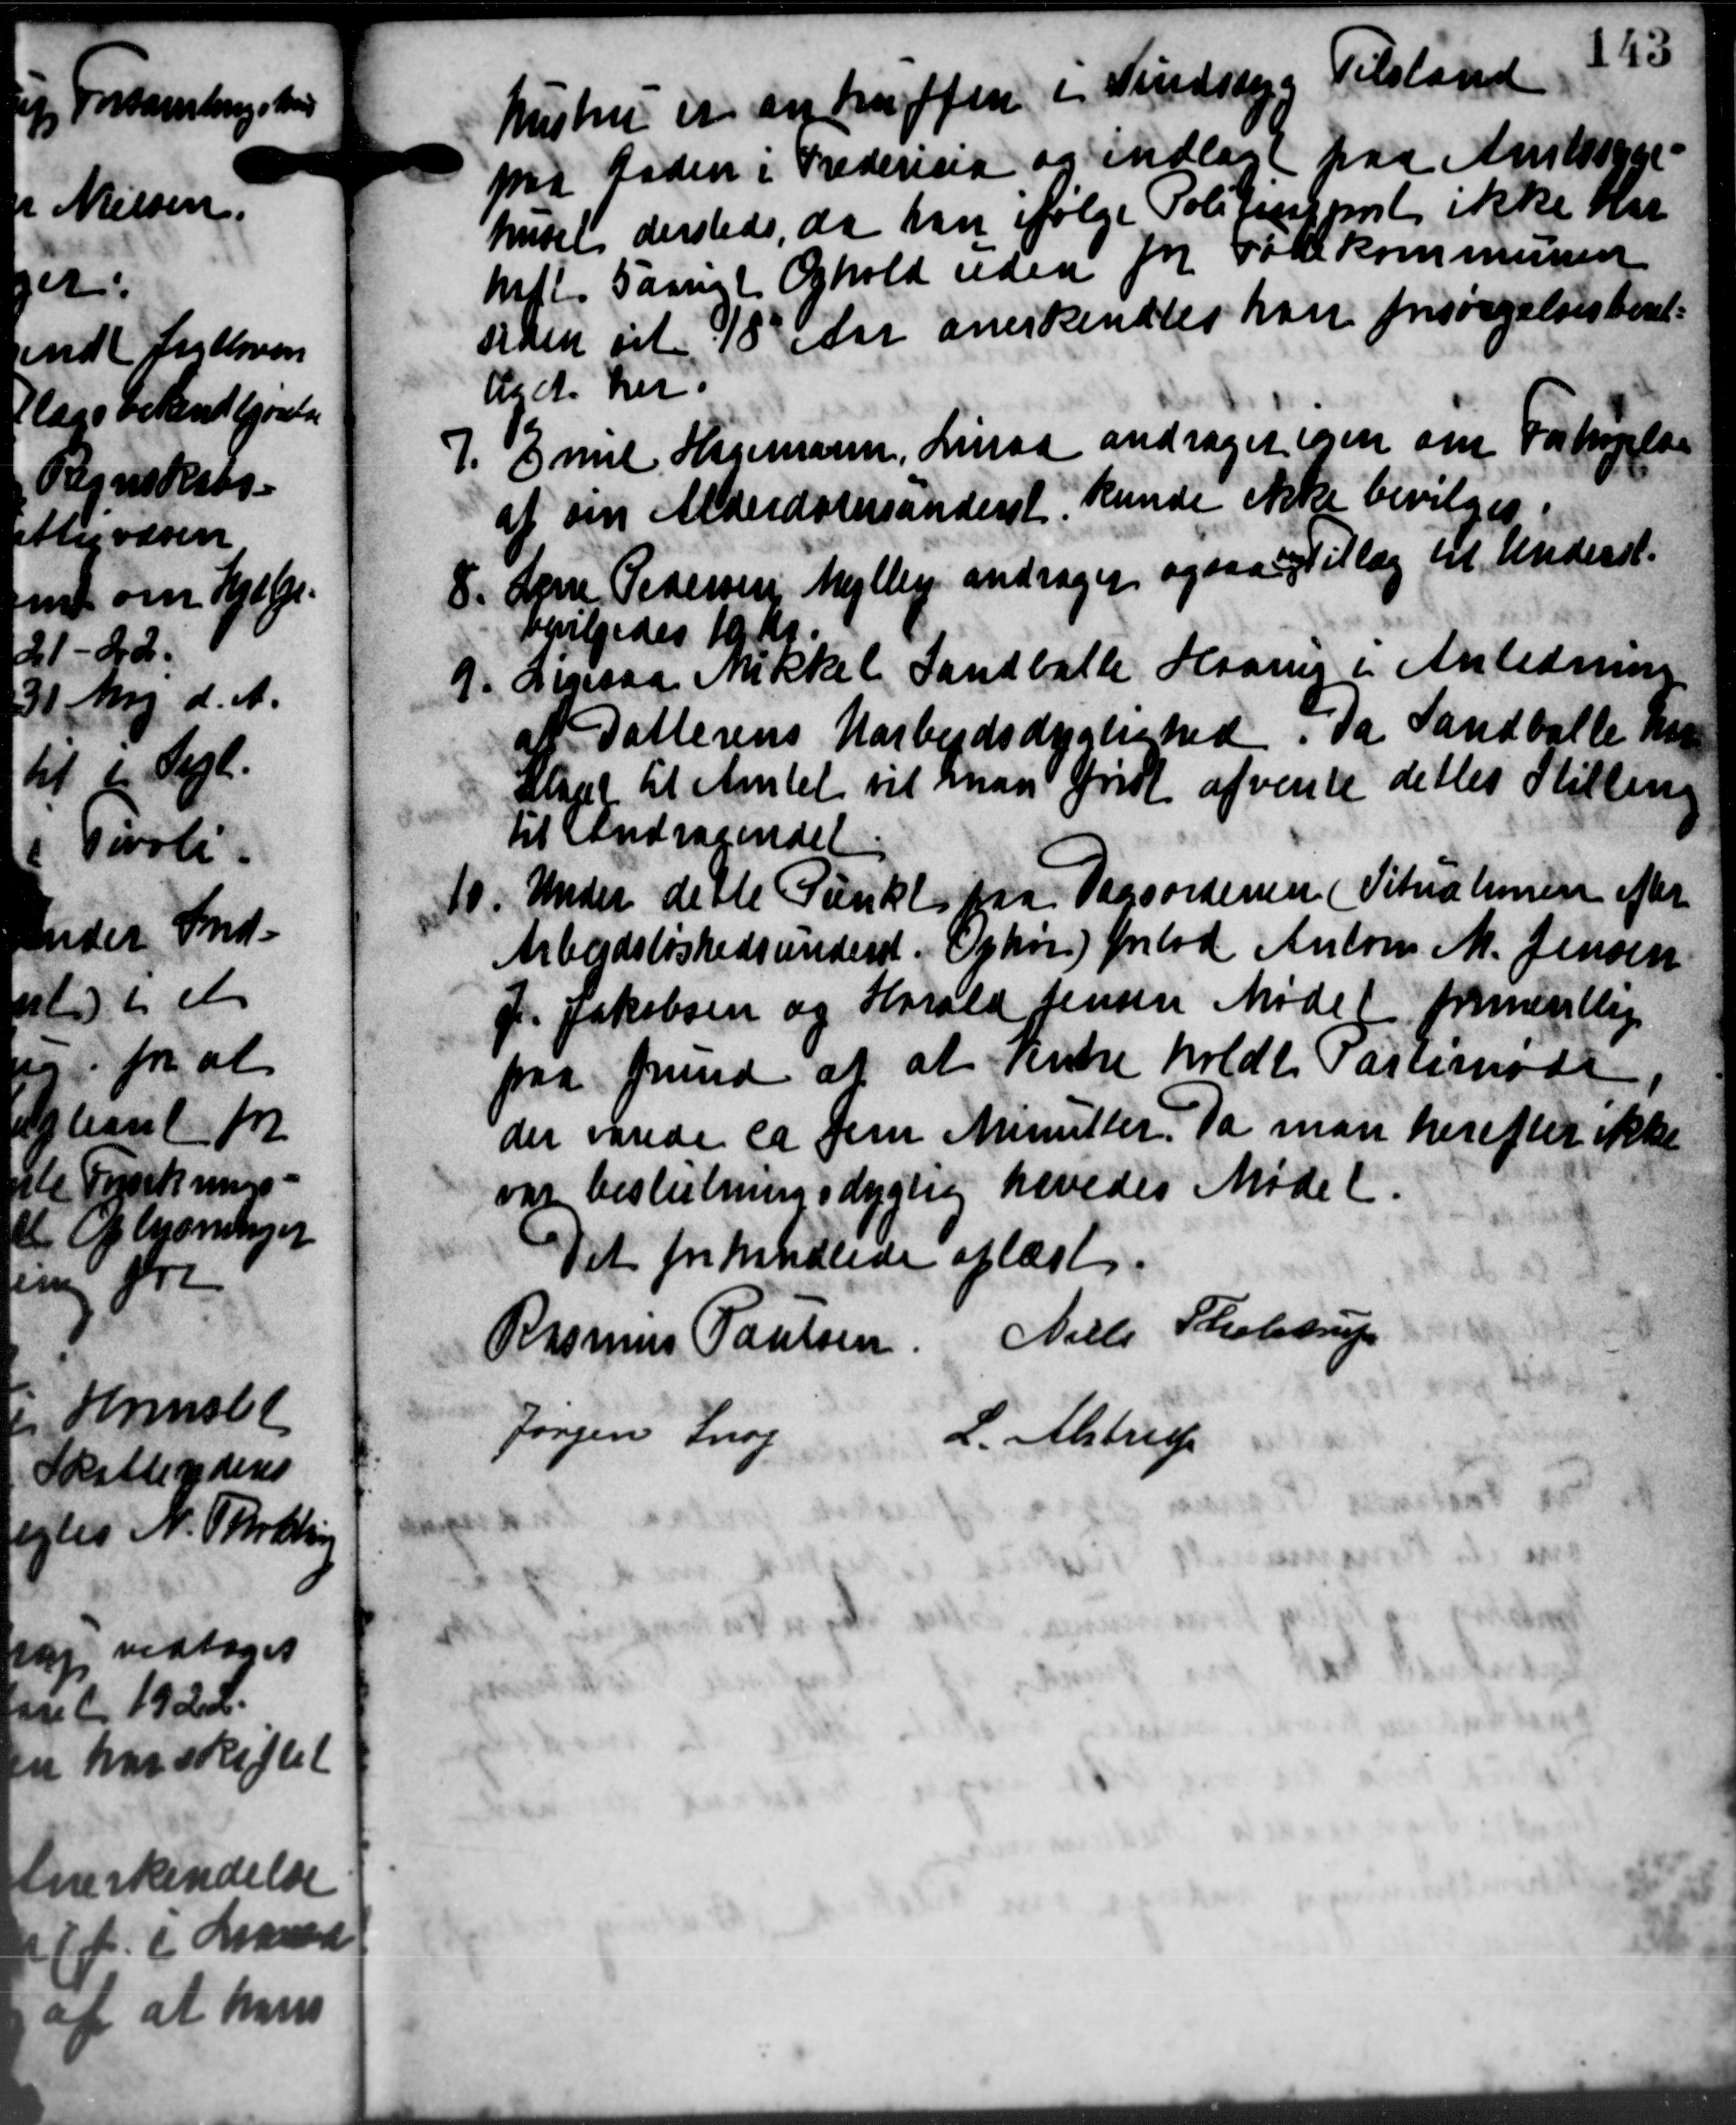
Transskription:
hustru er antruffen i Vindssyg Tilstand
pa taden i Fredericia og indlagt paa Amtssyge-
huset derstede, da han ifølge Politistort ikke har
Mdl. saamt Ophold uden for Fødekommunen
siden til 18 Aar anerkendtes han forsørgelsesberet-
A.A. her.
7. Emil Hagemann, Linaa andrager egen om Forhøjelse
7. Emil Hagemann, Linaa andrager egen om Forhøjelse
af sin Alderdomsunderst kunde ikke bevilges.
8. Lønne Pedersen Mejlby andrager ogsaa Tillæg til Underst.
8. Lønne Pedersen Mejlby andrager ogsaa Tillæg til Underst.
bevilgedes 10 Kr.
9. Ligesaa Mikkel Landballe Haarup i Anledning
9. Ligesaa Mikkel Landballe Haarup i Anledning
Datterens Uarbejdsdygtighed, da Sandballe har
Slagt til Amtet vil man Fridt afvente dettes Stilling
til Andragendet:
10. Under dette Punkt paa Dagsordenen (Situationen efter
10. Under dette Punkt paa Dagsordenen (Situationen efter
Arbejdsløshedsunderst. Ophøre lod Anton M. Jensen
J. Jakobsen og Harald Jensen Mødet frementlige
paa Grund at at rente holdt Pasesmøde
der varede ca Jens Minutter. Da man herefter ikke
var beslutningsdygtig hævedes Mødet.
Det forhandlede oplæst.
Rasmus Poulsen Niels Skolestrup
Jørgen Snog
L. Alstrup